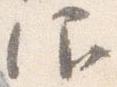
仰